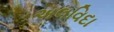
અલવિદા